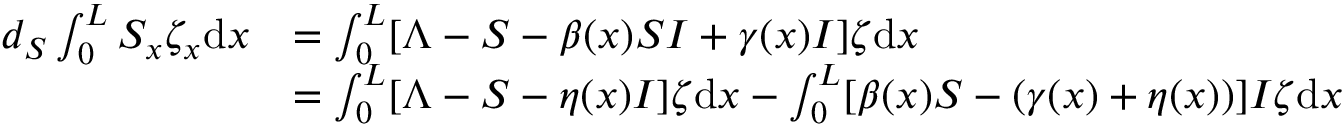
\begin{array} { r l } { d _ { S } \int _ { 0 } ^ { L } S _ { x } \zeta _ { x } \mathrm { d } x } & { = \int _ { 0 } ^ { L } [ \Lambda - S - \beta ( x ) S I + \gamma ( x ) I ] \zeta \mathrm { d } x } \\ & { = \int _ { 0 } ^ { L } [ \Lambda - S - \eta ( x ) I ] \zeta \mathrm { d } x - \int _ { 0 } ^ { L } [ \beta ( x ) S - ( \gamma ( x ) + \eta ( x ) ) ] I \zeta \mathrm { d } x } \end{array}